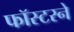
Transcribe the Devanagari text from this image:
फॉस्टरने